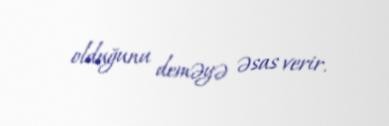
olduğunu deməyə əsas verir.